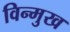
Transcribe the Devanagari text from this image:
विन्‍मुख